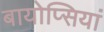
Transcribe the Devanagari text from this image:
बायोप्सियां